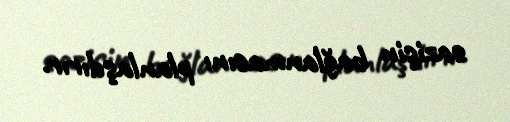
sazişin bağlanmasını planlaşdırır.